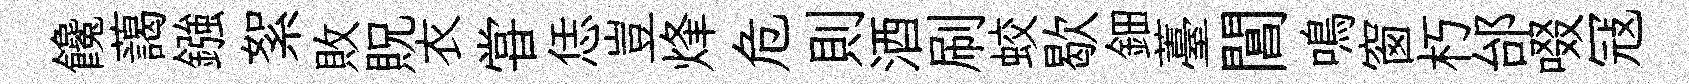
饞藹鏹絮敗貺衣甞恁豈烽危則酒刷蛟歇鈿薹閶鳴窗朽邰啜冦